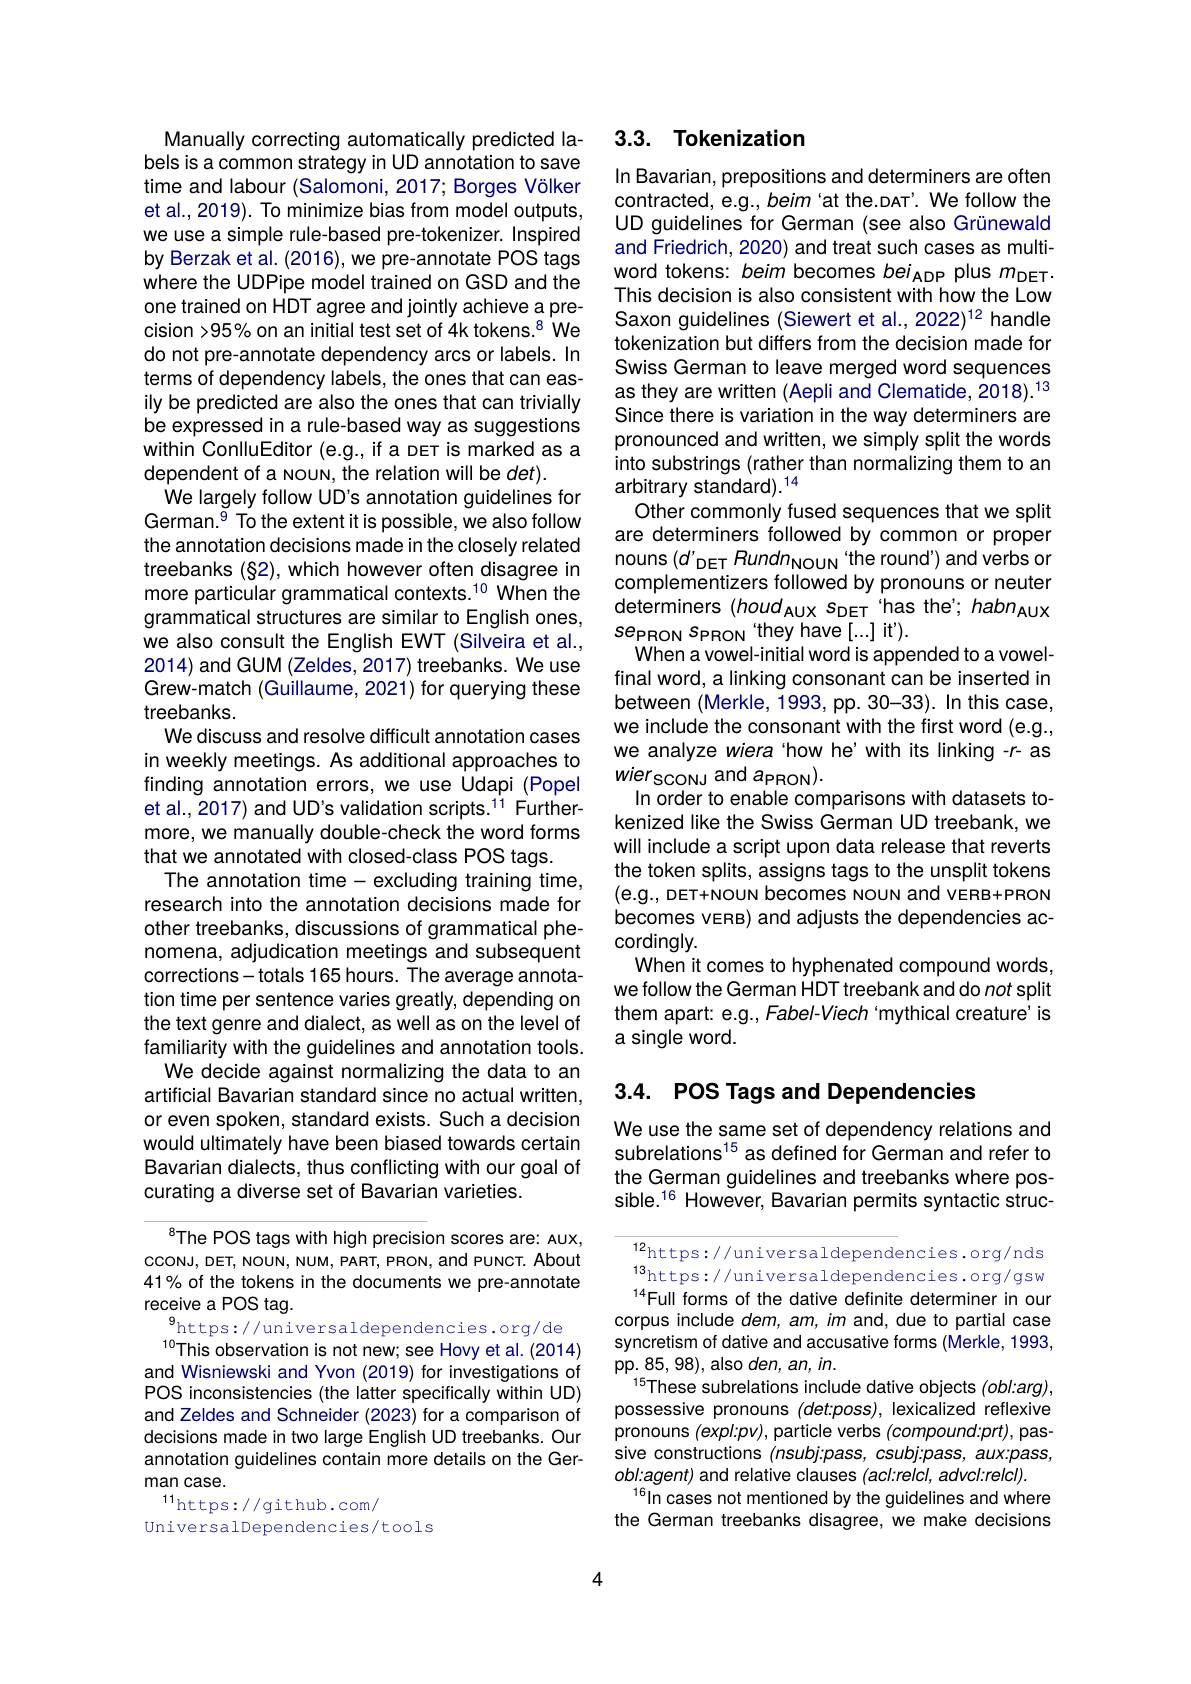
Manually correcting automatically predicted labels is a common strategy in UD annotation to save time and labour (Salomoni, 2017; Borges Völker et al., 2019). To minimize bias from model outputs we use a simple rule-based pre-tokenizer. Inspired by Berzak et al. (2016), we pre-annotate POS tags where the UDPipe model trained on GSD and the one trained on HDT agree and jointly achieve a precision >95% on an initial test set of 4k tokens.$^{8}$ We do not pre-annotate dependency arcs or labels. In terms of dependency labels, the ones that can easily be predicted are also the ones that can trivially be expressed in a rule-based way as suggestions within ConlluEditor (e.g., if a DET is marked as a dependent of a NOun, the relation will be $det).$
We largely follow UD's annotation guidelines for German.$^{9}$ To the extent it is possible, we also follow the annotation decisions made in the closely related treebanks (§2), which however often disagree in more particular grammatical contexts.$^{10}$ When the grammatical structures are similar to English ones, we also consult the English EWT (Silveira et al., 2014) and GUM (Zeldes, 2017) treebanks. We use Grew-match (Guillaume, 2021) for querying these treebanks.
We discuss and resolve difficult annotation cases in weekly meetings. As additional approaches to finding annotation errors, we use Udapi (Popel et al., 2017) and UD's validation scripts.$^{11}$ Furthermore, we manually double-check the word forms that we annotated with closed-class POS tags.
The annotation time- excluding training time, research into the annotation decisions made for other treebanks, discussions of grammatical phenomena, adjudication meetings and subsequent corrections- totals 165 hours. The average annotation time per sentence varies greatly, depending on the text genre and dialect, as well as on the level of familiarity with the guidelines and annotation tools. We decide against normalizing the data to an
artificial Bavarian standard since no actual written, or even spoken, standard exists. Such a decision would ultimately have been biased towards certain Bavarian dialects, thus conflicting with our goal of curating a diverse set of Bavarian varieties.

$^{8}$The POS tags with high precision scores are: AUX, cconu, DET, NOUN, NUM, PART, PRON, and PUNCT. About 41% of the tokens in the documents we pre-annotate receive a POS tag.
$^{9}$https://universaldependencies.org/de
This observation is not new; see Hovy et al. (2014) and Wisniewski and Yvon (2019) for investigations of POS inconsistencies (the latter specifically within UD) and Zeldes and Schneider (2023) for a comparison of decisions made in two large English UD treebanks. Our annotation guidelines contain more details on the German case.
$^{11}$https://github.com/
UniversalDependencies/tools

## 3.3. Tokenization

In Bavarian, prepositions and determiners are often contracted, e.g., beim'at the.DAT'. We follow the UD guidelines for German (see also Grünewald and Friedrich, 2020) and treat such cases as multiword tokens: beim becomes bei$_\mathrm{ADP}$ plus $m_\mathrm{DET}.$ This decision is also consistent with how the Low Saxon guidelines (Siewert et al., 2022)$^12$ handle tokenization but differs from the decision made for Swiss German to leave merged word sequences as they are written (Aepli and Clematide, 2018). 13 Since there is variation in the way determiners are pronounced and written, we simply split the words into substrings (rather than normalizing them to an arbitrary standard).$^{14}$
Other commonly fused sequences that we split are determiners followed by common or proper nouns $(d^{\prime}$DET Rundn NOUN 'the round') and verbs or complementizers followed by pronouns or neuter determiners (houd AUX $s_\mathrm{DET}$ 'has the' habnAUX $se_{PRON}s_{PRON}‘theyhave[...]it').$
When a vowel- initial word is appended to a vowelfinal word, a linking consonant can be inserted in between (Merkle, 1993, pp. 30-33). In this case, we include the consonant with the first word (e.g., we analyze wiera‘how he’with its linking -r- as wierscons and apron).
In order to enable comparisons with datasets tokenized like the Swiss German UD treebank, we will include a script upon data release that reverts the token splits, assigns tags to the unsplit tokens (e.g., DET+NOUN becomes NOun and VERB+PRON becomes vers) and adjusts the dependencies accordingly.
When it comes to hyphenated compound words, we follow the German HDT treebank and do not split them apart: e.g., Fabel-Viech‘mythical creature’is a single word.

## 3.4. POS Tags and Dependencies

We use the same set of dependency relations and subrelations$^{15}$ as defined for German and refer to the German guidelines and treebanks where possible.$^{16}$ However, Bavarian permits syntactic struc-

12https: / / universaldependencies. org/ nds 13https: / / universaldependencies. org/ gsw 14- u ( 1- 1- 1) $^{14}$Full forms of the dative definite determiner in our corpus include dem, am, im and, due to partial case syncretism of dative and accusative forms (Merkle, 1993, pp. 85, 98), also den, an, in.
$^{15}$These subrelations include dative objects (obl:arg), possessive pronouns (det:poss), lexicalized reflexive pronouns (expl:pv), particle verbs (compound:prt), passive constructions (nsubj:pass, csubj:pass, aux:pass, obl:agent) and relative clauses (acl:relcl, advcl:relcl).
$^{16}$In cases not mentioned by the guidelines and where the German treebanks disagree, we make decisions

4